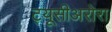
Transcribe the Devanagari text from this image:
ट्यूसीअरोरा